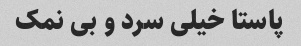
پاستا خیلی سرد و بی نمک